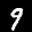
Label: 9